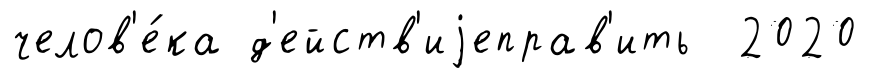
челов'е́ка д'ейств'иjеправ'ить 2020